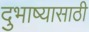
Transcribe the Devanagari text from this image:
दुभाष्यासाठी